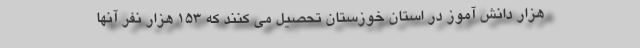
هزار دانش آموز در استان خوزستان تحصیل می کنند که ۱۵۳ هزار نفر آنها